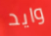
وايد